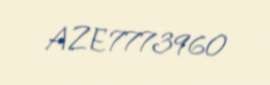
AZE7773960